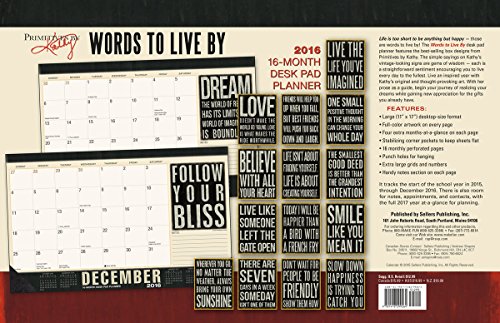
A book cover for Words to Live By 2016 Desk Pad Planner Calendar; Kathy/Primitives by Kathy Phillips; Calendars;